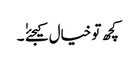
کچھ تو خیال کیجئےٰ ٰ ۔